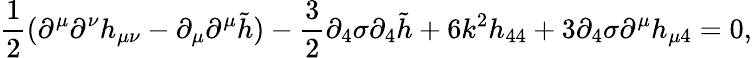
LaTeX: \frac{1}{2}(\partial^{\mu}\partial^{\nu}h_{\mu\nu}-\partial_{\mu}\partial^{\mu}\tilde{h})-\frac{3}{2}\partial_{4}\sigma\partial_{4}\tilde{h}+6k^{2}h_{44}+3\partial_{4}\sigma\partial^{\mu}h_{\mu 4}=0,